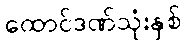
ထောင်ဒဏ်သုံးနှစ်